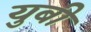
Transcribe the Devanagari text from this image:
युबी